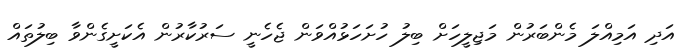
އަދި އަމިއްލަ މެންބަރުން މަޖިލީހަށް ބިލު ހުށަހަޅުއްވަން ޖެހެނީ ސަރުކާރުން އެކަށީގެންވާ ބިލުތައް